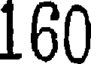
160